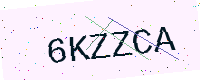
Text: 6KZZCA